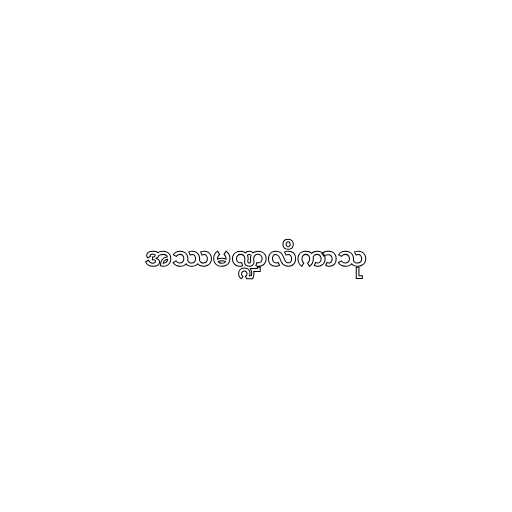
အဿမဏ္ဍလိကာသု